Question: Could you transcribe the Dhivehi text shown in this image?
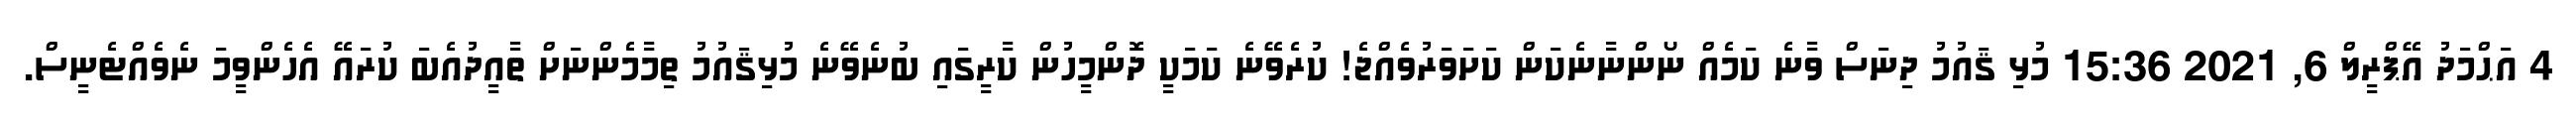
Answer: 4 އަޙްމަދު އޭޕްރީލް 6, 2021 15:36 މުޅި ޤައުމު ދިނަސް ވާނެ ކަމެއް ނޯންނާނެކަން ކަށަވަރުވެއްޖެ! ކުރެވޭނެ ކަމަކީ ދޮންމީހުން ކާރީގައި ބުނެވޭނެ މުޅިޤައުމު ތިމާމެންނަށް ތާއީދުއެބަ ކުރައޭ އެހެންވީމަ ނެވެއްޓެނީސް.